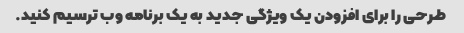
طرحی را برای افزودن یک ویژگی جدید به یک برنامه وب ترسیم کنید.